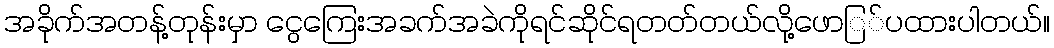
အခိုက်အတန့်တုန်းမှာ ငွေကြေးအခက်အခဲကိုရင်ဆိုင်ရတတ်တယ်လို့ဖောြ်ပထားပါတယ်။